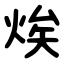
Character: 㶼